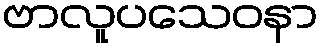
ဗာလူပသေဝနာ